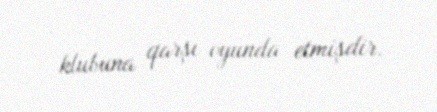
klubuna qarşı oyunda etmişdir.